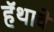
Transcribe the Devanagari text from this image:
हॅथावे